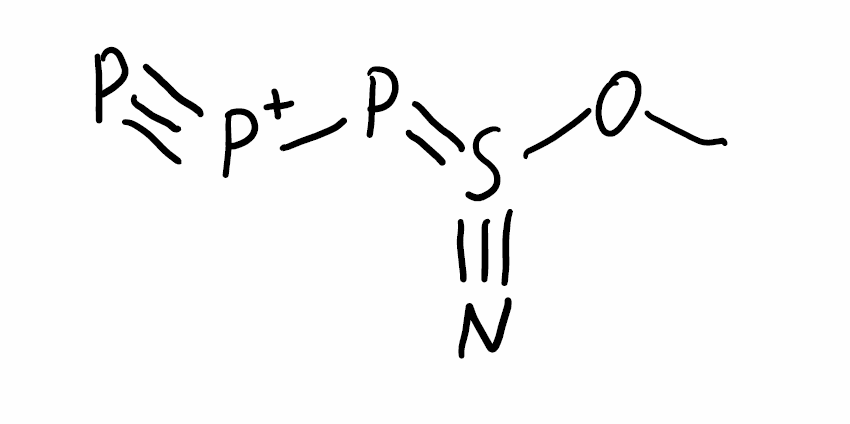
Simplified molecular-input line-entry system (SMILES) notation of the given molecule:
COS(#N)=P[P+]#P